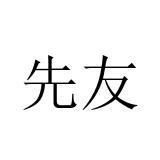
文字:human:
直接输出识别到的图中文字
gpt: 先友